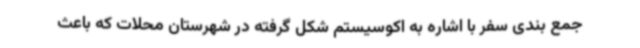
جمع بندی سفر با اشاره به اکوسیستم شکل گرفته در شهرستان محلات که باعث